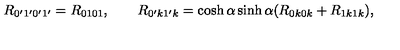
R _ { 0 ^ { \prime } 1 ^ { \prime } 0 ^ { \prime } 1 ^ { \prime } } = R _ { 0 1 0 1 } , \qquad R _ { 0 ^ { \prime } k 1 ^ { \prime } k } = \cosh \alpha \sinh \alpha ( R _ { 0 k 0 k } + R _ { 1 k 1 k } ) ,